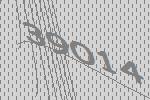
39014